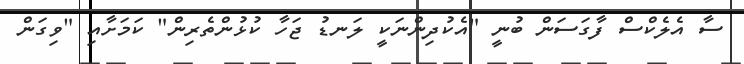
ސާ އެލެކްސް ފާގަސަން ބުނީ "އެކުދިންނަކީ ލަނޑު ޖަހާ ކުޅުންތެރިން" ކަމަށާއި "ވިގަން